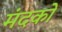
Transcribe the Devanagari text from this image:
मंदकों